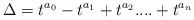
LaTeX: \begin{align*} \Delta=t^{a_0}- t^{a_1}+t^{a_2}....+t^{a_n} \end{align*}